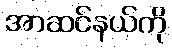
အာဆင်နယ်ကို